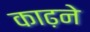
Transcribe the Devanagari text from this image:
काढ़ने